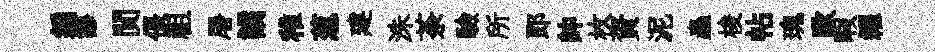
编謬閴倀祖屠譎稚葱建洙荼驗所郎帥枚資泥蟲梭帖瑰歐暇糴